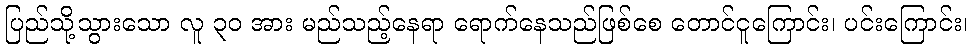
ပြည်သို့သွားသော လူ ၃၀ အား မည်သည့်နေရာ ရောက်နေသည်ဖြစ်စေ တောင်ငူကြောင်း၊ ပင်းကြောင်း၊